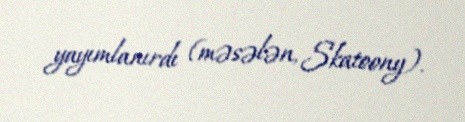
yayımlanırdı (məsələn, Skatoony).